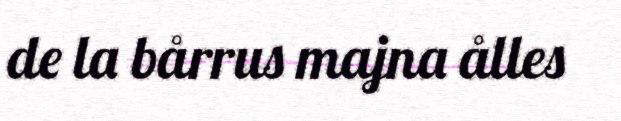
de la bårrus majna ålles